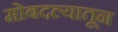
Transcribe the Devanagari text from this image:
मोबदल्यातून